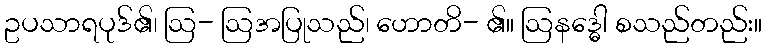
ဥပသာရပုဒ်၏၊ ဩ- ဩအပြုသည်၊ ဟောတိ- ၏။ ဩနဒ္ဓေါ စသည်တည်း။